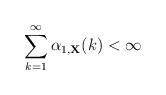
LaTeX: \begin{align*}\sum_{k=1}^\infty \alpha_{1, {\bf X}}(k) < \infty\end{align*}